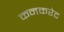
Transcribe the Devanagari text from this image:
कनकरेट